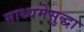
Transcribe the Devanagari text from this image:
माध्यमेसुद्धा